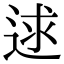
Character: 逑